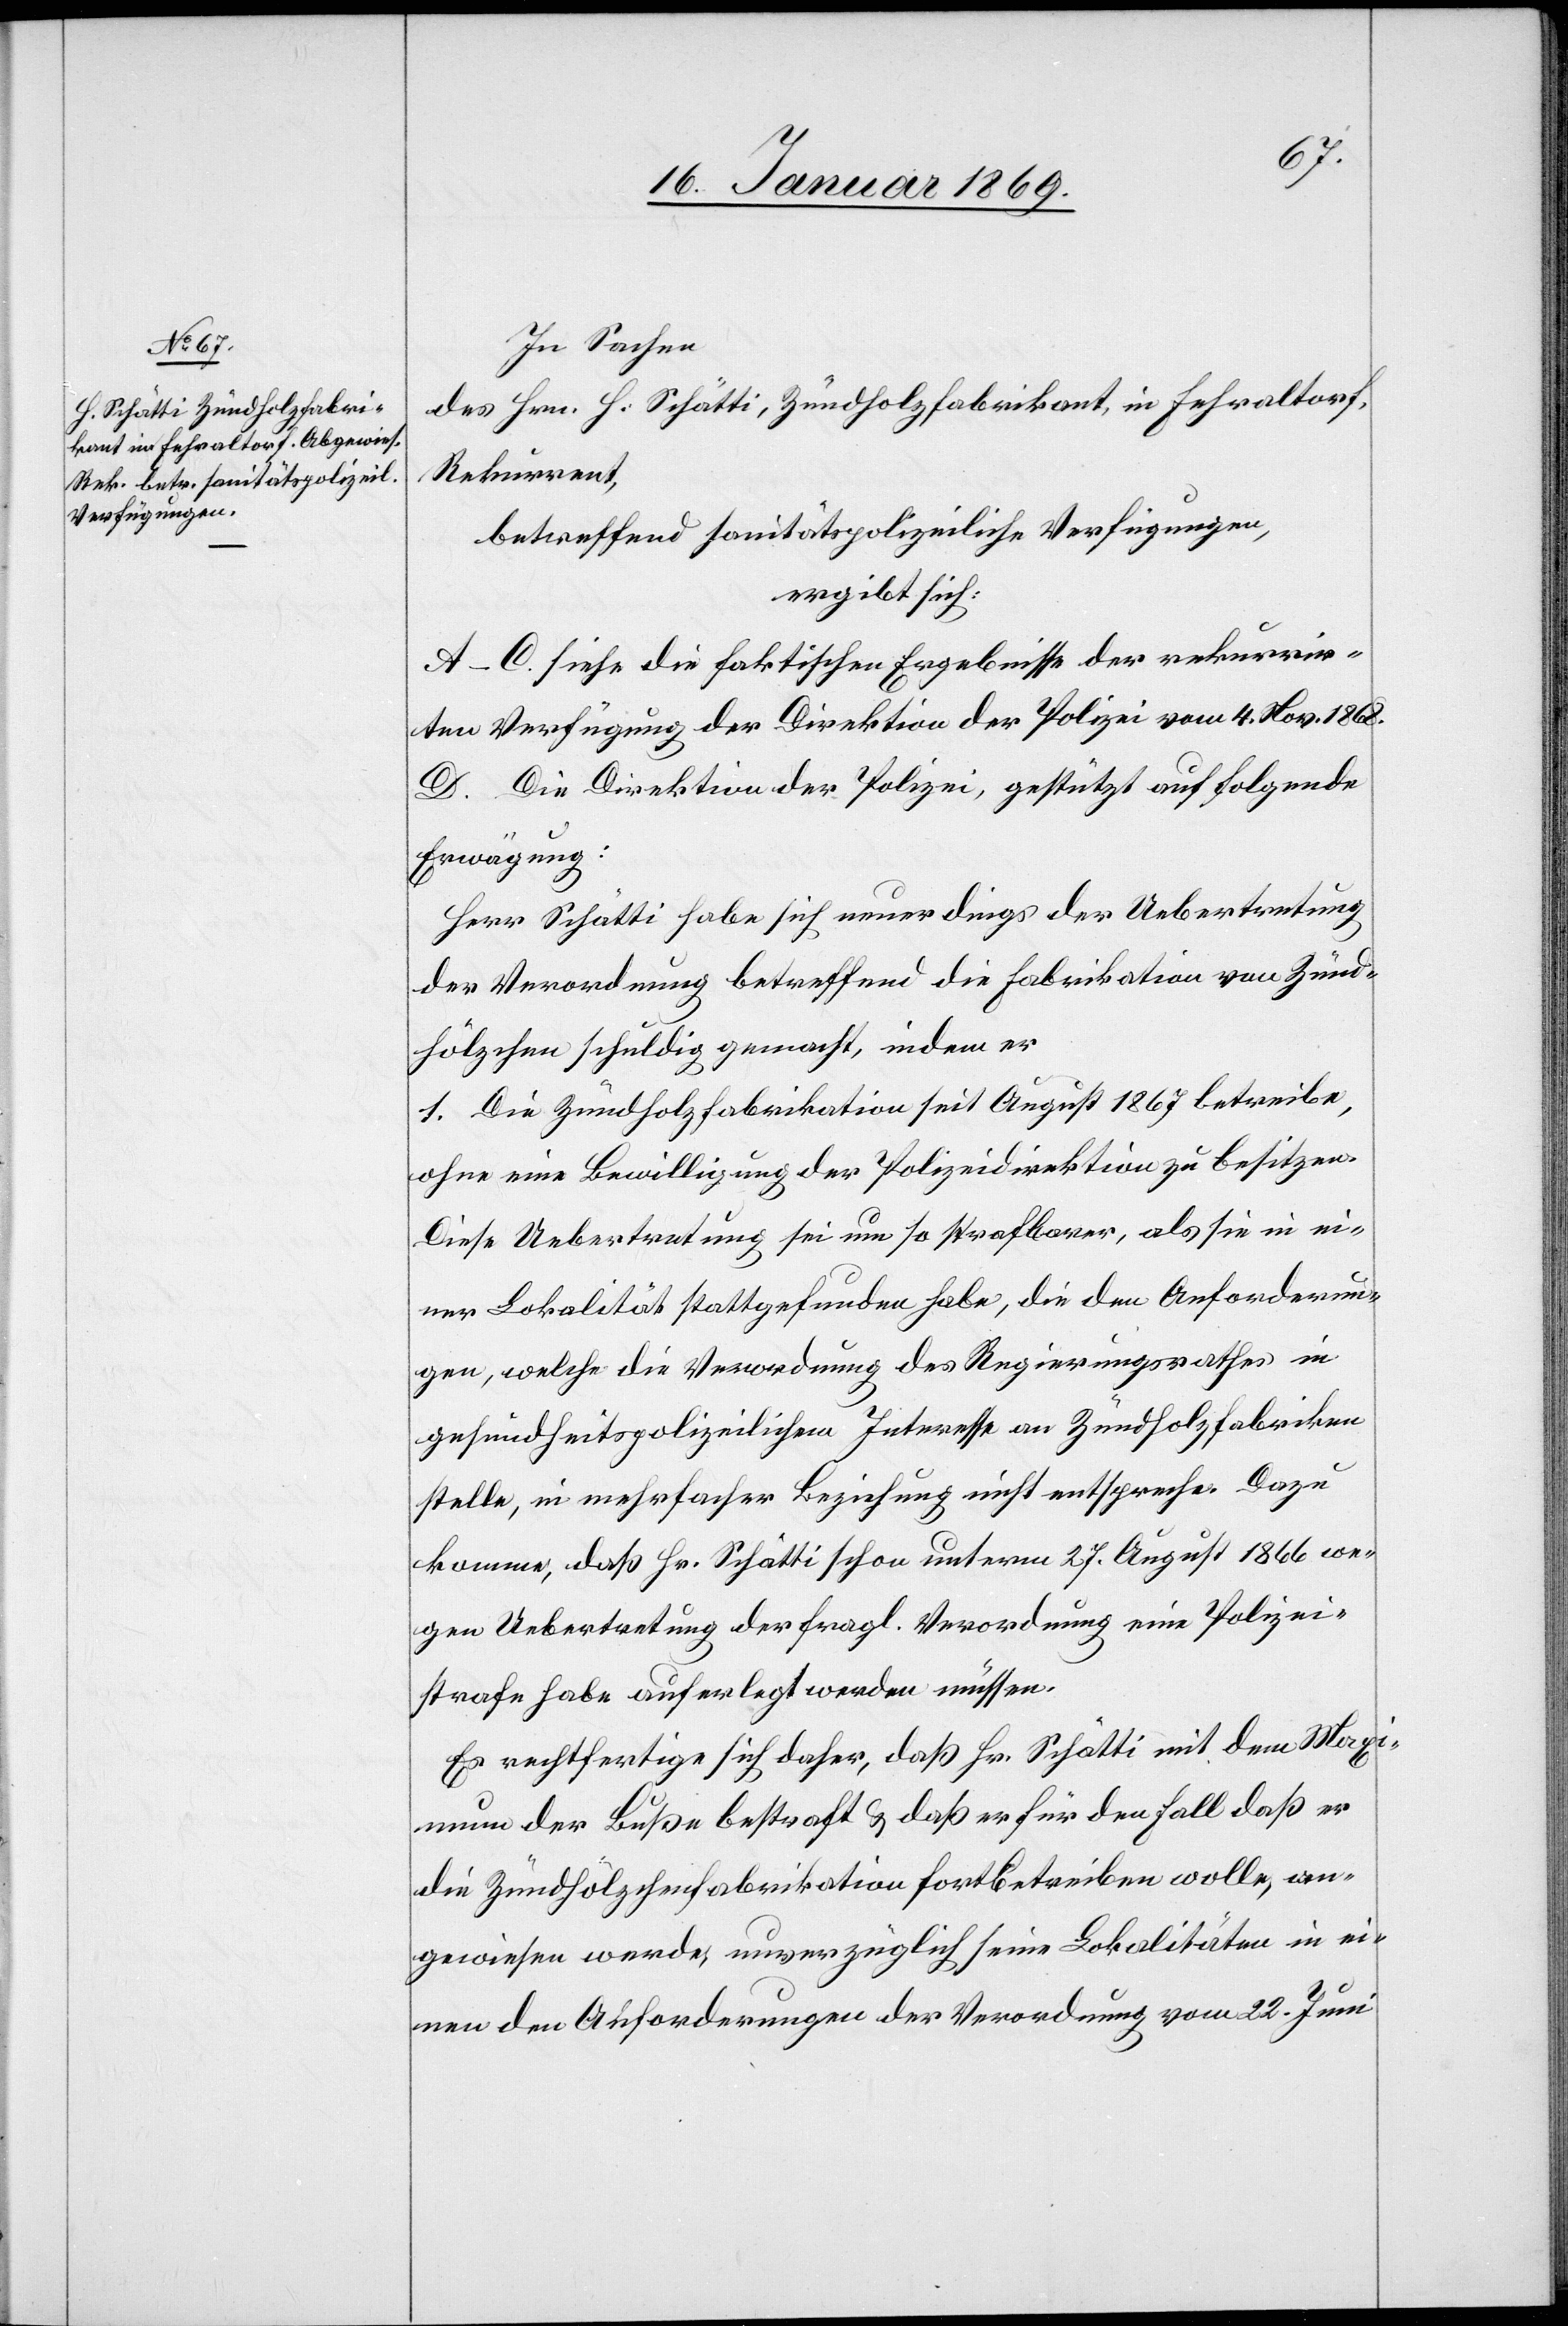
In Sachen
des Hrn. H. Schätti, Zündholzfabrikant, in Fehraltorf,
Rekurrent,
betreffend sanitätspolizeiliche Verfügungen,
ergibt sich:
A–C. siehe die faktischen Ergebnisse der rekurrir¬
ten Verfügung der Direktion der Polizei vom 4. Nov. 1868.
D. Die Direktion der Polizei, gestützt auf folgende
Erwägung:
Herr Schätti habe sich neuerdings der Uebertretung
der Verordnung betreffend die Fabrikation von Zünd¬
hölzchen schuldig gemacht, indem er
1. Die Zündholzfabrikation seit August 1867 betreibe,
ohne eine Bewilligung der Polizeidirektion zu besitzen.
Diese Uebertretung sei um so strafbarer, als sie in ei¬
ner Lokalität stattgefunden habe, die den Anforderun¬
gen, welche die Verordnung des Regierungsrathes in
gesundheitspolizeilichem Interesse an Zündholzfabriken
stelle, in mehrfacher Beziehung nicht entspreche. Dazu
komme, daß Hr. Schätti schon unterm 27. August 1866 we¬
gen Uebertretung der fragl. Verordnung eine Polizei¬
strafe habe auferlegt werden müssen.
Es rechtfertigt sich daher, daß Hr. Schätti mit dem Maxi¬
mum der Buße bestraft u. daß er für den Fall daß er
die Zündhölzchenfabrikation fortbetreiben wolle, an¬
gewiesen werde, unverzüglich seine Lokalitäten in ei¬
nen den Anforderungen der Verordnung vom 22. Juni